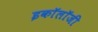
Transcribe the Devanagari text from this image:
इकाॅलाॅजी